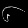
Digit: ၆